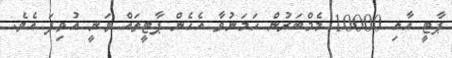
ޕާޓީ އާއި 10000 މެމްބަރުން ހަމަނުވާ އެހެން ޕާޓީތައް ވަނީ އުވިފަ އެވެ.